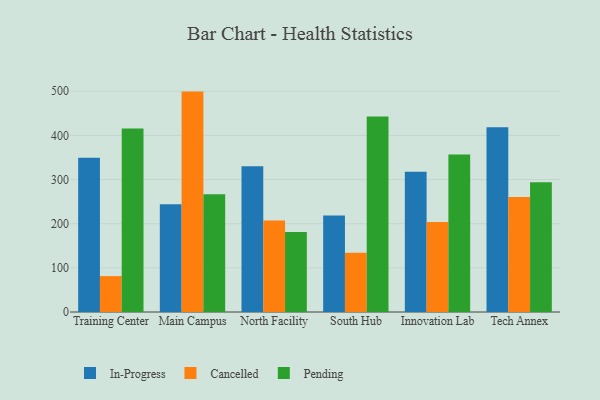
{"axis": {"x": "Campus", "y": "Inventory Turnover"}, "legend": ["Cancelled", "In-Progress", "Pending"], "data": [{"x": "Training Center", "y": 349.3, "type": "In-Progress"}, {"x": "Training Center", "y": 81.3, "type": "Cancelled"}, {"x": "Training Center", "y": 415.8, "type": "Pending"}, {"x": "Main Campus", "y": 244.1, "type": "In-Progress"}, {"x": "Main Campus", "y": 499.2, "type": "Cancelled"}, {"x": "Main Campus", "y": 266.5, "type": "Pending"}, {"x": "North Facility", "y": 330.3, "type": "In-Progress"}, {"x": "North Facility", "y": 207.3, "type": "Cancelled"}, {"x": "North Facility", "y": 181.3, "type": "Pending"}, {"x": "South Hub", "y": 218.5, "type": "In-Progress"}, {"x": "South Hub", "y": 134.1, "type": "Cancelled"}, {"x": "South Hub", "y": 443.0, "type": "Pending"}, {"x": "Innovation Lab", "y": 317.8, "type": "In-Progress"}, {"x": "Innovation Lab", "y": 203.9, "type": "Cancelled"}, {"x": "Innovation Lab", "y": 356.8, "type": "Pending"}, {"x": "Tech Annex", "y": 418.5, "type": "In-Progress"}, {"x": "Tech Annex", "y": 260.2, "type": "Cancelled"}, {"x": "Tech Annex", "y": 294.1, "type": "Pending"}]}